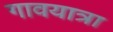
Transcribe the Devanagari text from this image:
गावयात्रा